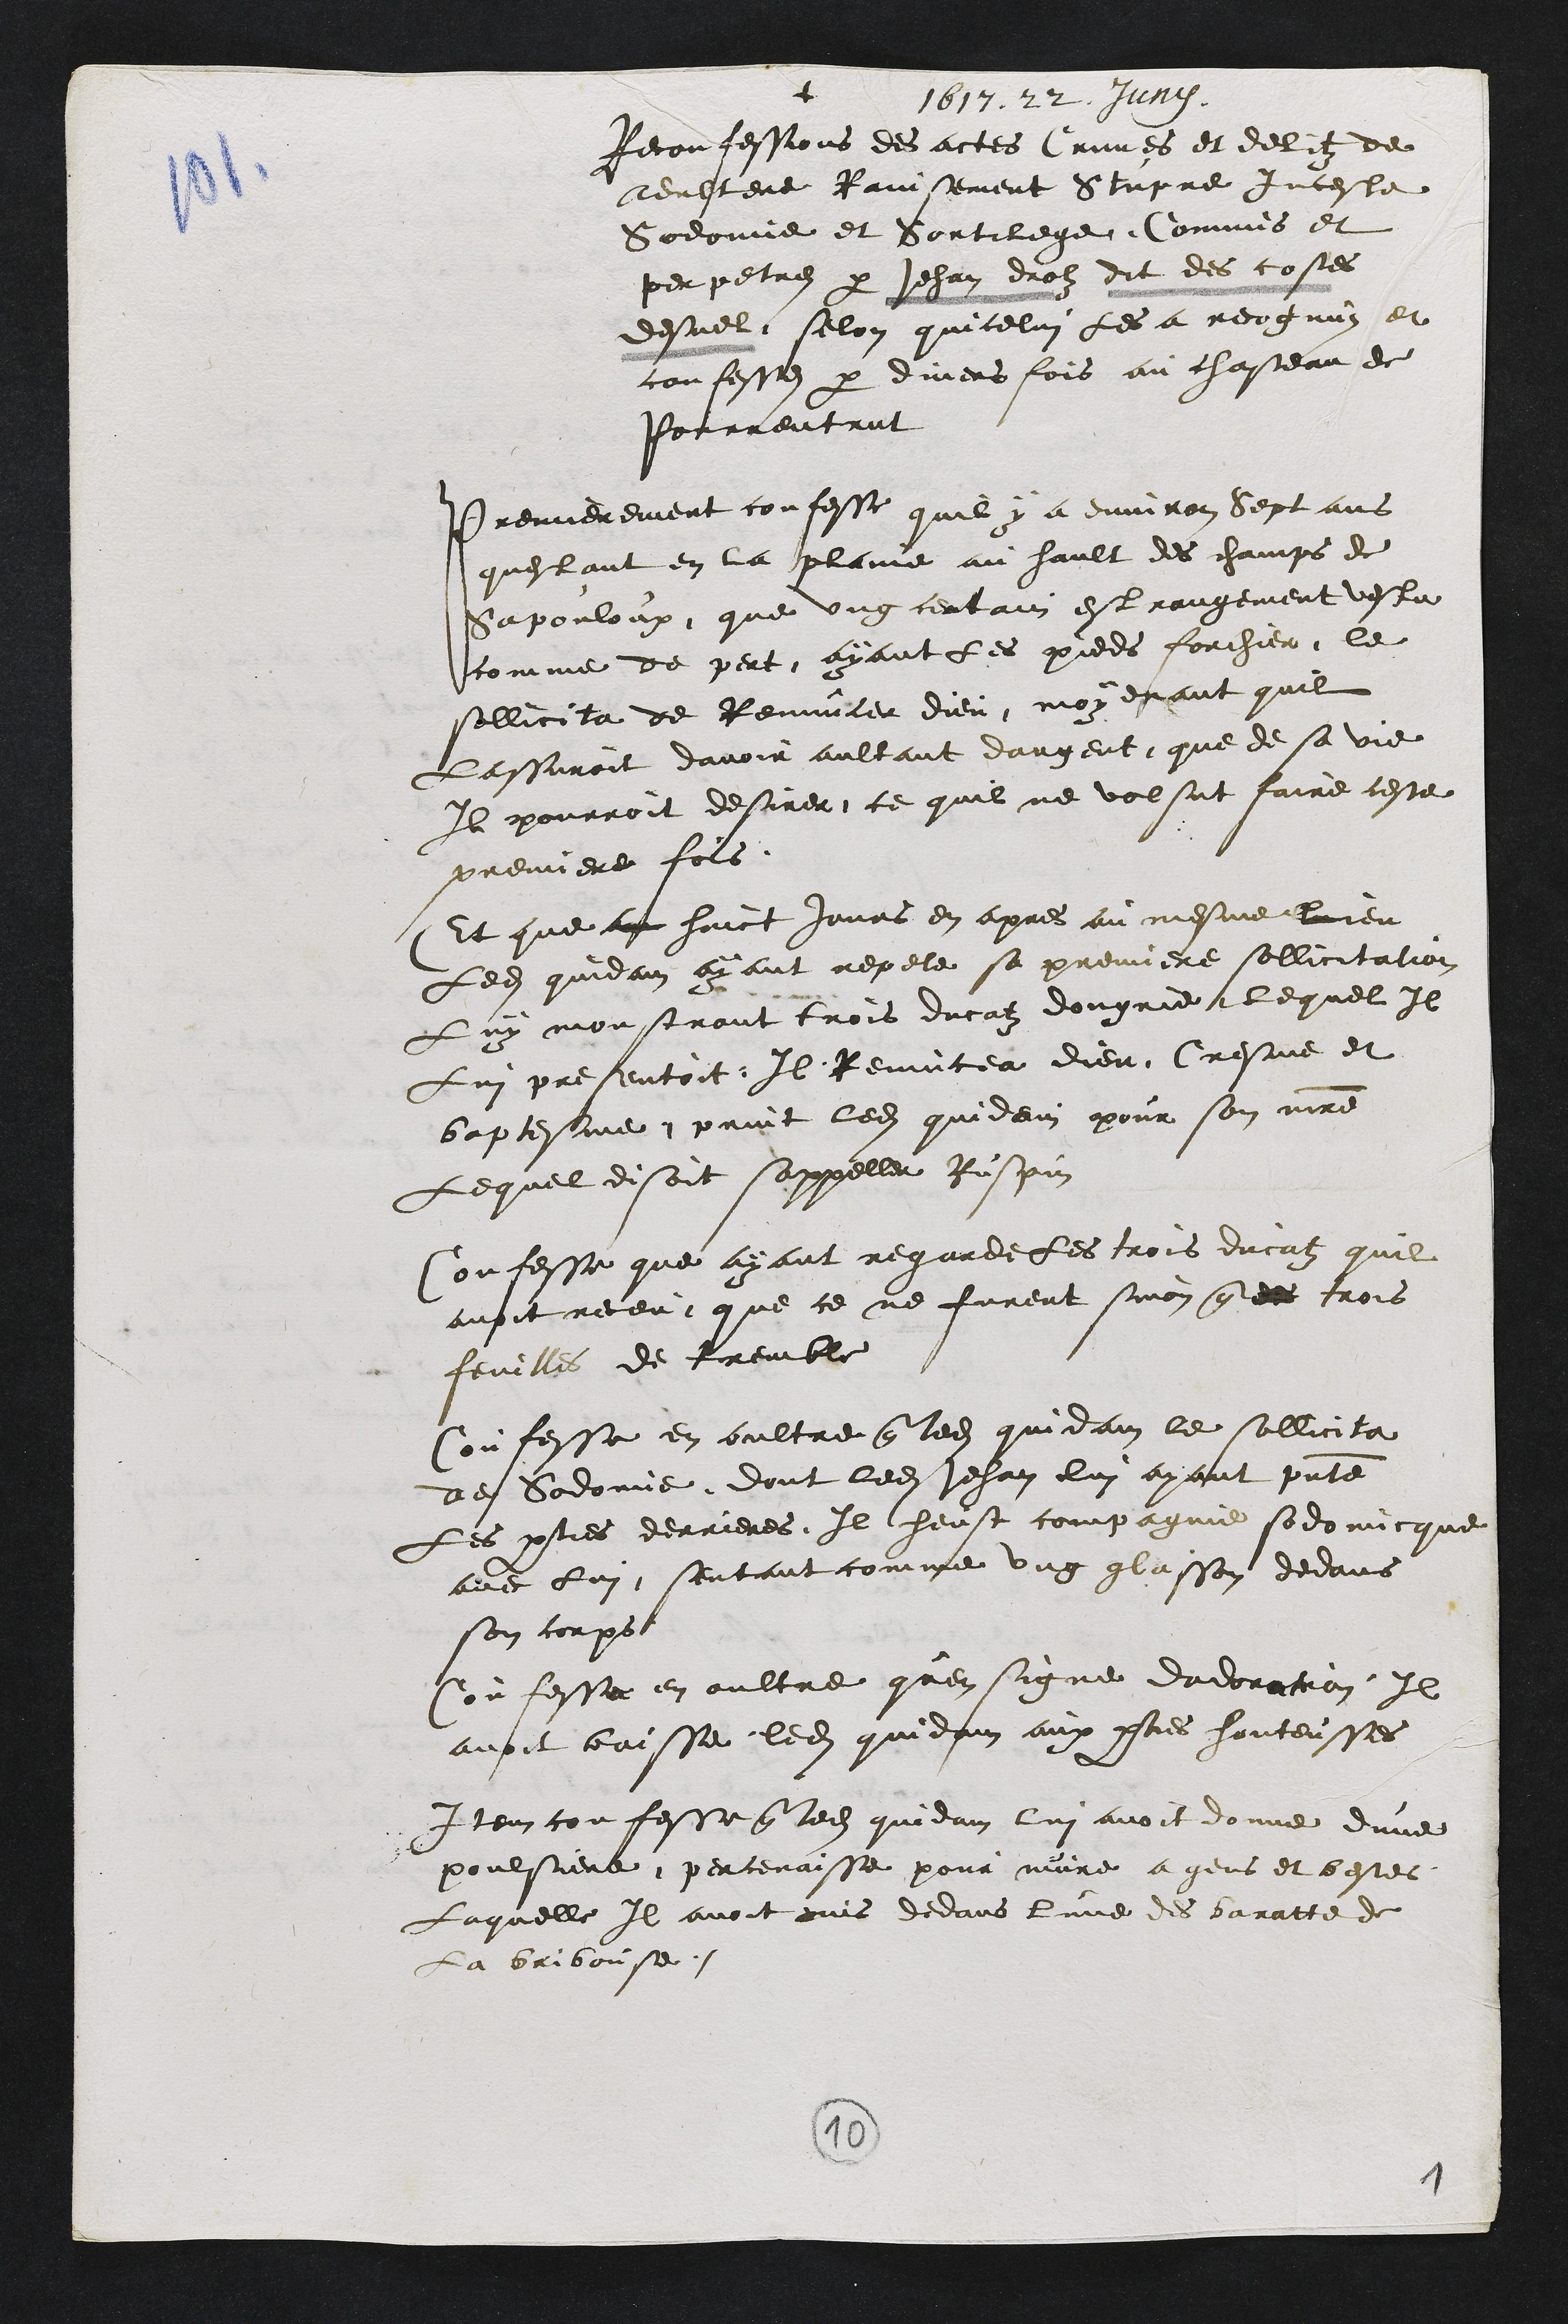
+
1617. 22 Junii
Reconfessions des actes Crimes et delitz de
Adultere Ravisement Stupre Inceste
Sodomie et Sortilege Commis et
perpetrez par Jehan drolz dit des costes
desuel selon quicelui les a recognuz et
confesse par divers fois au chasteau de
Pourrentrut
Premierement confesse quil y a environ Sept ans
questant en la plaine au hault des champs de
Sapouloux que ung certain estrangement vestu
comme de pert, ayant les pieds forchier, le
sollicita de Renuncer dieu, moyenant quil
lassuroit davoir aultant dargent que de sa vie
Il pourroit desirer, ce quil ne volsut faire ceste
premiere fois
Et que au huict jours en apres au mesme lieu
Ledit quidam ayant repete sa premiere sollicitation
Luy monstrant trois ducatz dongrie lequel Il
Lui presentoit Il Renuncea dieu Cresme et
baptesme, print ledit quidem pour son maitre
Lequel disoit sappeller Ruspin
Confesse que ayant regarde les trois ducatz quil
avoit receu, que ce ne furent sinon que des trois
feuilles de tremble
Confesse en oultre que ledit quidam le sollicita
de Sodomie dont ledit Jehan lui ayant presente
Les parties derrieres Il heust compagnie sodomicque
avec lui, sentant comme ung glasson dedans
son corps
Confesse en oultre quen signe dadoration Il
avoit baisse ledit quidam aux parties honteusses
Item confesse que ledit quidam lui avoit donne dune
poulsiere percenaisse pour nuire a gens et bestes
Laquelle Il avoit mis dedans lune des baratte de
La bribousse
1